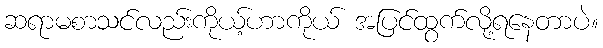
ဆရာမစာသင်လည်းကိုယ့်ဟာကိုယ် အပြင်ထွက်လို့ရနေတာပဲ။